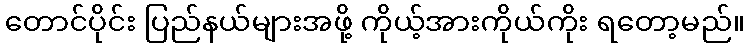
တောင်ပိုင်း ပြည်နယ်များအဖို့ ကိုယ့်အားကိုယ်ကိုး ရတော့မည်။